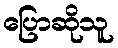
ပြောဆိုသူ